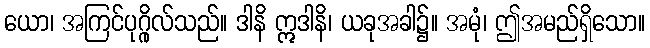
ယော၊ အကြင်ပုဂ္ဂိုလ်သည်။ ဒါနိ ဣဒါနိ၊ ယခုအခါ၌။ အမုံ၊ ဤအမည်ရှိသော။